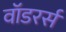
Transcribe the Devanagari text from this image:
वॉडरर्स